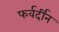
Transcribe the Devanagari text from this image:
फर्वर्दीन